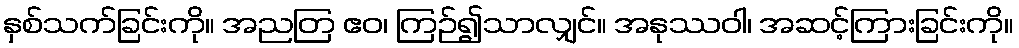
နှစ်သက်ခြင်းကို။ အညတြ ဧဝ၊ ကြဉ်၍သာလျှင်။ အနုဿဝါ၊ အဆင့်ကြားခြင်းကို။